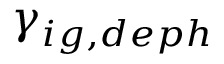
\gamma _ { i g , d e p h }